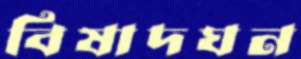
বিষাদঘন